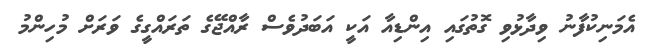
އެމަނިކުފާނު ވިދާޅުވި ގޮތުގައި އިންޑިއާ އަކީ އަބަދުވެސް ރާއްޖޭގެ ތަރައްގީގެ ވަރަށް މުހިންމު